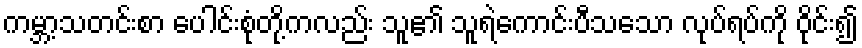
ကမ္ဘာ့သတင်းစာ ပေါင်းစုံတို့ကလည်း သူ၏ သူရဲကောင်းပီသသော လုပ်ရပ်ကို ဝိုင်း၍